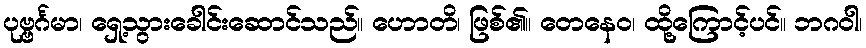
ပုဗ္ဗင်္ဂမာ၊ ရှေ့သွားခေါင်းဆောင်သည်။ ဟောတိ၊ ဖြစ်၏။ တေနေဝ၊ ထို့ကြောင့်ပင်။ ဘဂဝါ၊